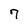
Character: 7